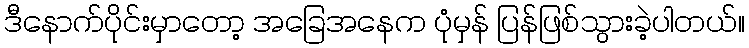
ဒီနောက်ပိုင်းမှာတော့ အခြေအနေက ပုံမှန် ပြန်ဖြစ်သွားခဲ့ပါတယ်။